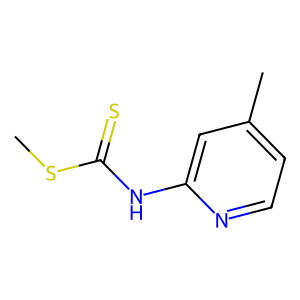
SMILES: CSC(=S)Nc1cc(C)ccn1
Inhibits HIV replication: No